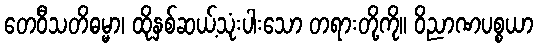
တေဝီသတိဓမ္မာ၊ ထိုနှစ်ဆယ့်သုံးပါးသော တရားတို့ကို။ ဝိညာဏပစ္စယာ